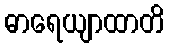
ဓာရေယျာထာတိ